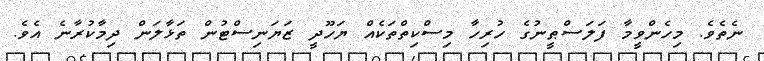
ނެތެވެ. މިހެންވީމާ ފަލަސްޠީނުގެ ހުރިހާ މިސްކިތްތަކެއް ޔަހޫދީ ޒަޔަނިސްޓުން ތަޅާލަން ދިމާކުރާނެ އެވެ.